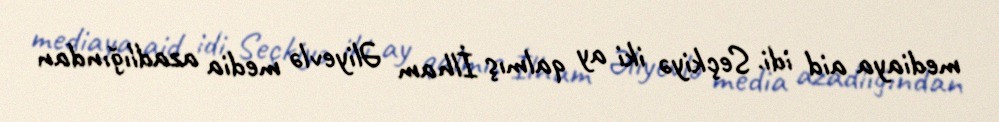
mediaya aid idi. Seçkiyə iki ay qalmış İlham Əliyevlə media azadlığından